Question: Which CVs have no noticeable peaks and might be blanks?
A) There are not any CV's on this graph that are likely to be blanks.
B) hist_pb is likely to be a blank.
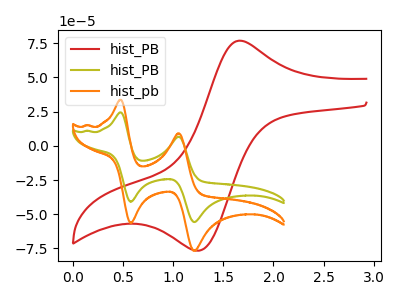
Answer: <think>The red curve "hist_PB" has an anodic peak at (1.70V, 76.65uA) and a cathodic peak at (1.25V, -76.55uA). The olive curve "hist_PB" has anodic peaks at (0.50V, 24.35uA) (1.05V, 6.60uA) and cathodic peaks at (0.60V, -40.85uA) (1.20V, -55.65uA). The orange curve "hist_pb" has anodic peaks at (0.50V, 33.50uA) (1.05V, 9.10uA) and cathodic peaks at (0.60V, -56.25uA) (1.20V, -76.65uA).</think>
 <answer>A) There are not any CV's on this graph that are likely to be blanks.</answer>
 <eval>A</eval>